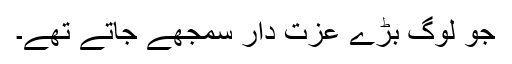
جو لوگ بڑے عزت دار سمجھے جاتے تھے۔